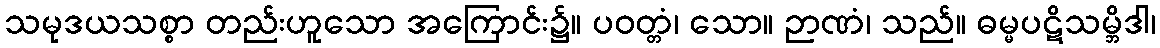
သမုဒယသစ္စာ တည်းဟူသော အကြောင်း၌။ ပဝတ္တံ၊ သော။ ဉာဏံ၊ သည်။ ဓမ္မပဋိသမ္ဘိဒါ၊